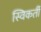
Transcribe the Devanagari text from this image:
स्विकर्ती